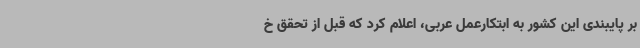
بر پایبندی این کشور به ابتکارعمل عربی، اعلام کرد که قبل از تحقق خ